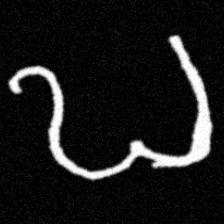
Pyu character \u2014 Myanmar letter: ဎ (romanized: ddha)